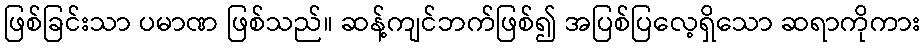
ဖြစ်ခြင်းသာ ပမာဏ ဖြစ်သည်။ ဆန့်ကျင်ဘက်ဖြစ်၍ အပြစ်ပြလေ့ရှိသော ဆရာကိုကား